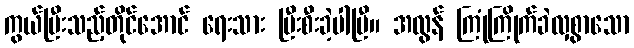
ကွယ်ပြီးသည့်တိုင်အောင် ရေးသား ပြီးစီးခဲ့ပါပြီ။ အလွန် ကြုံကြိုက်ခဲလှစွာသော